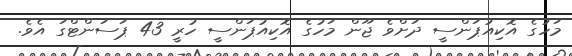
މަހުގެ އޮކިއުޕަންސީ ދަށްވެ ޖޫން މަހުގެ އޮކިއުޕަންސީ ހުރީ 43 ޕަސަންޓްގަ އެވެ.